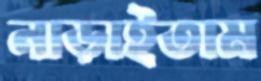
নাড়াইতাম